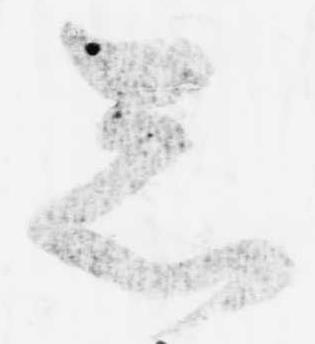
忩